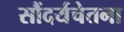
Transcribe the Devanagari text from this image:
सौंदर्यचेतना